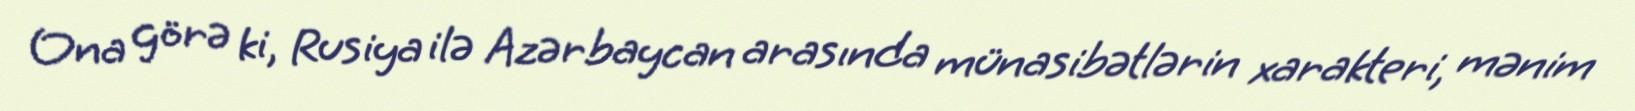
Ona görə ki, Rusiya ilə Azərbaycan arasında münasibətlərin xarakteri, mənim